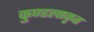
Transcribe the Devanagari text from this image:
कुण्डलाकृत